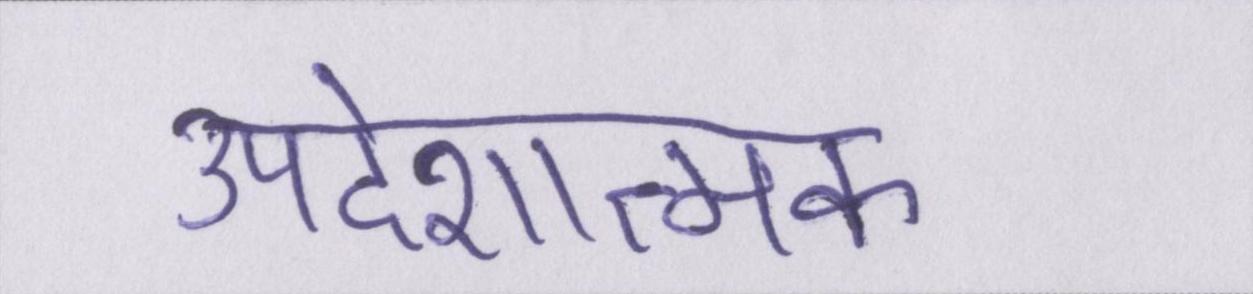
उपदेशात्मक